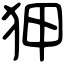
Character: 狎